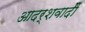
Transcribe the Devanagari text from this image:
आदर्शवादीें